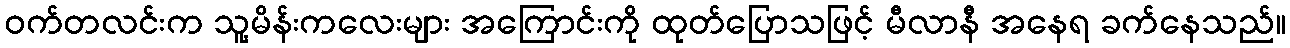
ဝက်တလင်းက သူ့မိန်းကလေးများ အကြောင်းကို ထုတ်ပြောသဖြင့် မီလာနီ အနေရ ခက်နေသည်။